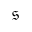
\mathfrak { s }